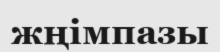
жңімпазы